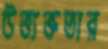
উত্ত্যক্ততার